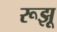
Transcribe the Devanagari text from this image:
रूझू